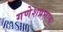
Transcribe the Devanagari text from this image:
गणेशप्रणामः